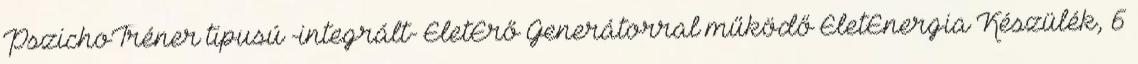
PszichoTréner tipusú -integrált- ÉletErő Generátorral működő ÉletEnergia Készülék, 6